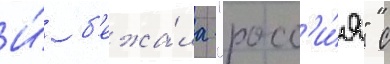
И́ б'ежа́ла "росс'и́я" с